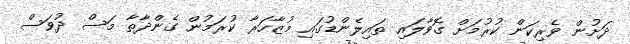
ދަށުން ވެރިކަން ކުރުމަށް ގޮވާލައި ތައިލެންޑުގައި މުޒާހަރާ ކުރަމުން ގެންދާތާ މަސް ދުވަސް